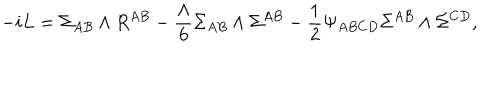
- i L = \Sigma _ { A B } \wedge R ^ { A B } - \frac { \Lambda } { 6 } \Sigma _ { A B } \wedge \Sigma ^ { A B } - \frac { 1 } { 2 } \Psi _ { A B C D } \Sigma ^ { A B } \wedge \Sigma ^ { C D } ,